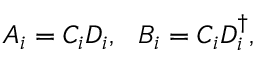
A _ { i } = C _ { i } D _ { i } , \ \ B _ { i } = C _ { i } D _ { i } ^ { \dagger } ,